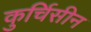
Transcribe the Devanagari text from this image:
कुर्चिसीन